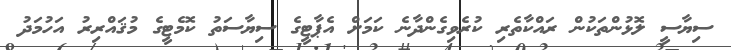
ސިޔާސީ ލޮޅުންތަކުން ރައްކާތެރި ކުރެވިގެންދާނެ ކަމަށް އެޕާޓީގެ ސިޔާސަތު ކޮމެޓީގެ މުޤައްރިރު އަހުމަދު